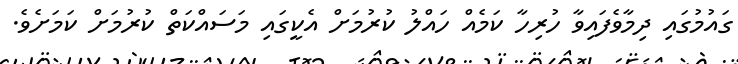
ގައުމުގައި ދިމާވެފައިވާ ހުރިހާ ކަމެއް ހައްލު ކުރުމަށް އެކީގައި މަސައްކަތް ކުރުމަށް ކަމަށެވެ.